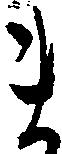
ま